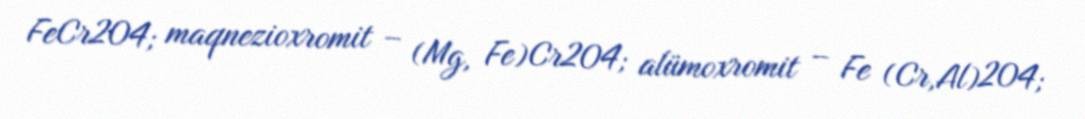
FeCr2O4; maqnezioxromit – (Mg, Fe)Cr2O4; alümoxromit – Fe (Cr,Al)2O4;